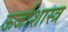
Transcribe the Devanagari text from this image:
ऊर्जाशास्त्र